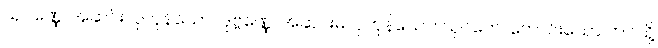
သုဝဏ္ဏေ၊ အဆင်းလှကုန်သော။ ဒုဗ္ဗဏ္ဏေ၊ အဆင်းမလှကုန်သော။ သုဂတေ၊ ကောင်းသော ဘဝသို့